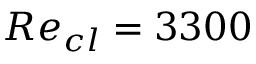
R e _ { c l } = 3 3 0 0